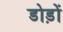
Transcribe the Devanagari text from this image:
डोड़ों